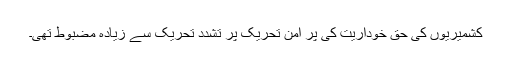
کشمیریوں کی حق خوداریت کی پر امن تحریک پر تشدد تحریک سے زیادہ مضبوط تھی۔